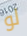
لو